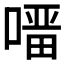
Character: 𭊇